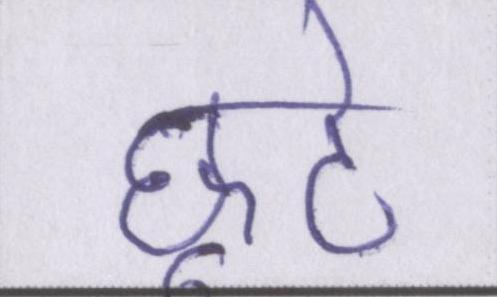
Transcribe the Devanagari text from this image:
छूटे